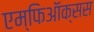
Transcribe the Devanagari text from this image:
एम्फिऑक्सस